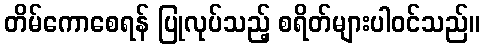
တိမ်ကောစေရန် ပြုလုပ်သည့် စရိတ်များပါဝင်သည်။